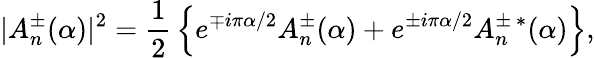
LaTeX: |A_{n}^{\pm}(\alpha)|^{2}={\frac{1}{2}}\left\{ e^{\mp i\pi\alpha/2}A_{n}^{\pm}(\alpha)+e^{\pm i\pi\alpha/2}A_{n}^{\pm\ *}(\alpha)\right\} ,